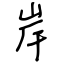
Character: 岸